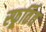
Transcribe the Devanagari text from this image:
स्फूर्तित